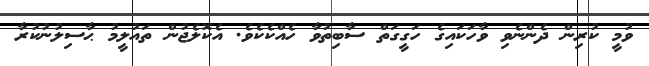
ވުމީ ކުރިން ދެންނެވި ވާހަކައިގެ ހަގީގަތް ސާބިތުވާ ހެއްކެކެވެ. އެކޮލެޖުން ތައުލީމު ޙާސިލުނުކުރާ